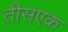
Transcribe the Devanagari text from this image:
तीसएक